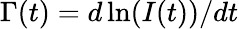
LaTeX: \Gamma(t)=d\ln(I(t))/dt